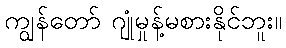
ကျွန်တော် ဂျုံမှုန့်မစားနိုင်ဘူး။